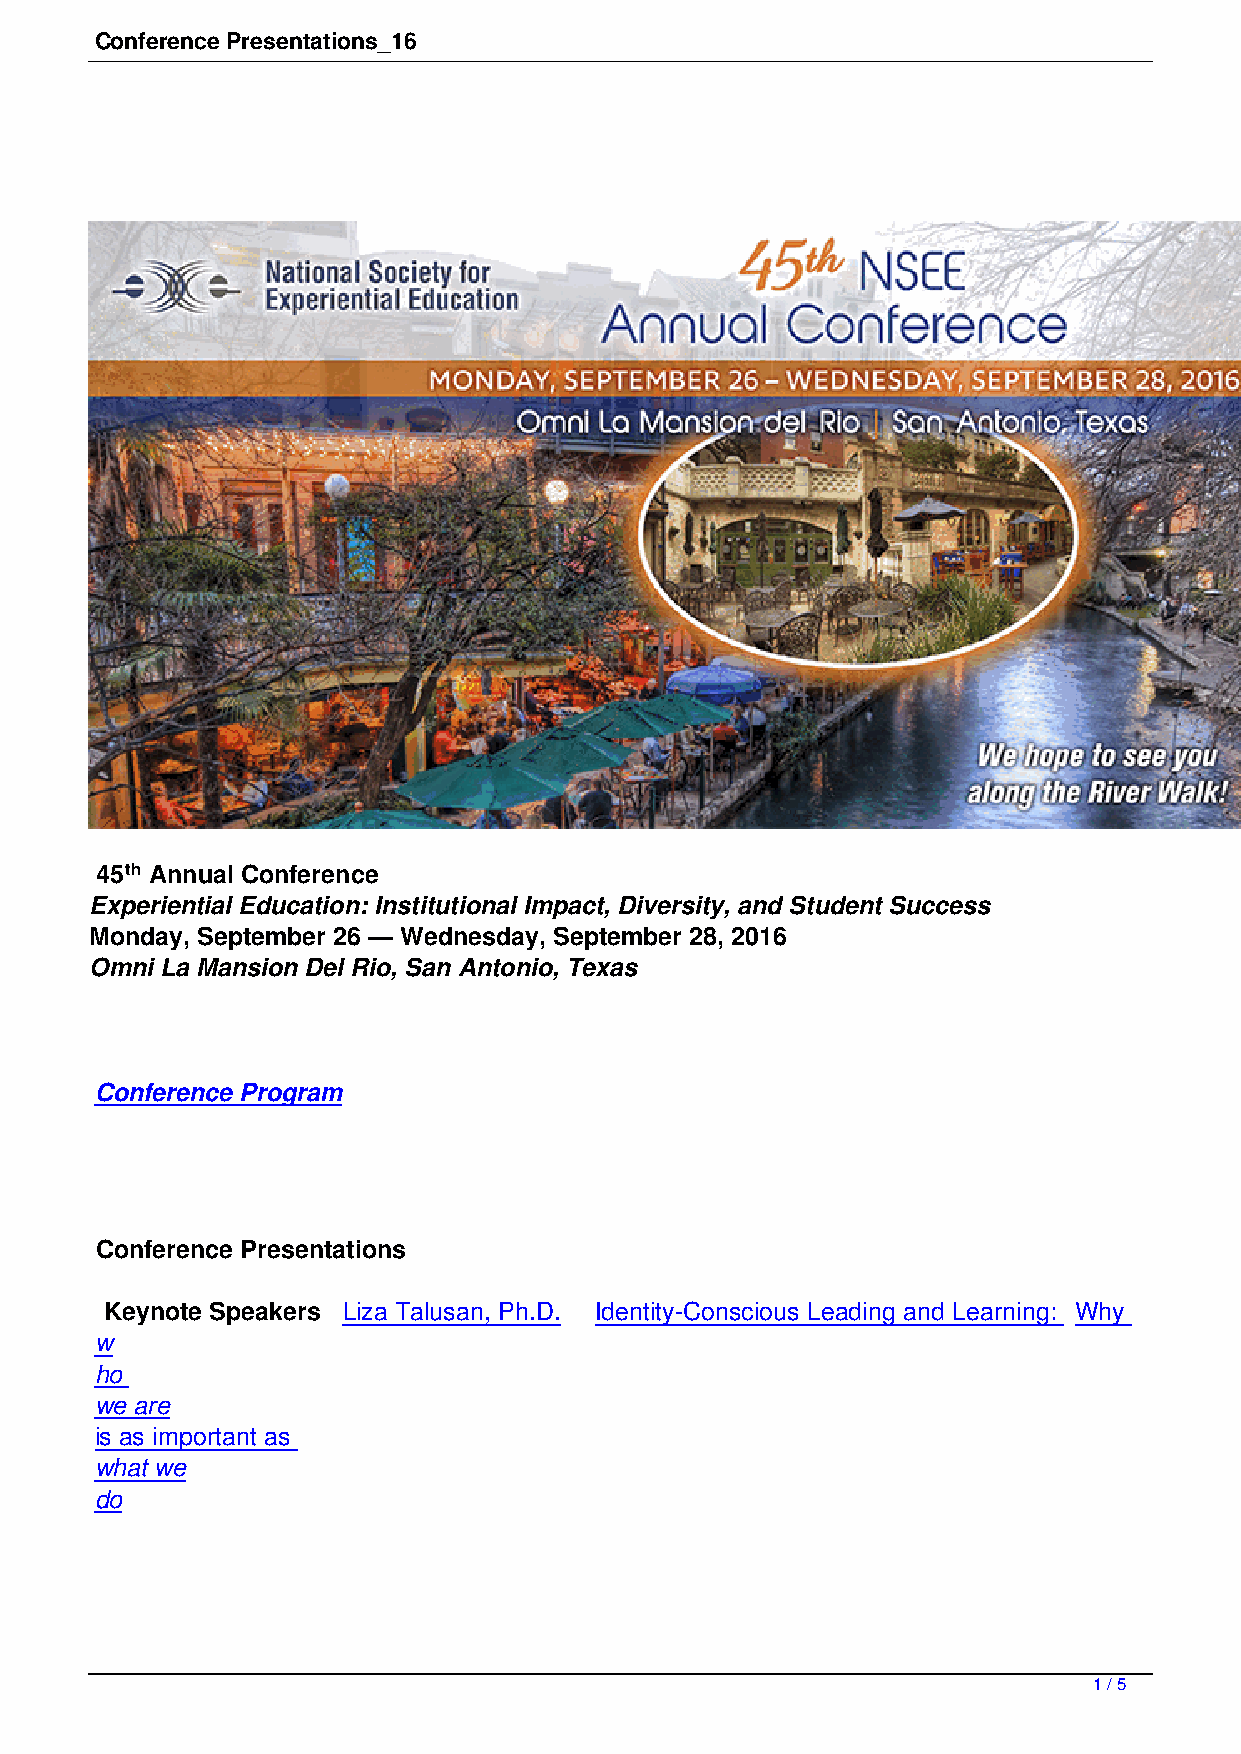
Conference Presentations_16
 45th Annual Conference
 Experiential Education: Institutional Impact, Diversity, and Student Success
 Monday, September 26 — Wednesday, September 28, 2016
 Omni La Mansion Del Rio, San Antonio, Texas
 Conference Program
 Conference Presentations
 Keynote Speakers Liza Talusan, Ph.D. Identity-Conscious Leading and Learning: Why
 w
 ho
 we are
 is as important as
 what we
 do
 1 / 5